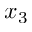
x _ { 3 }